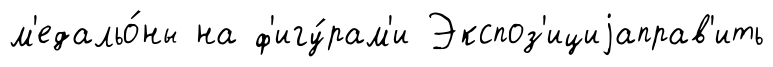
м'едальо́ны на ф'игу́рам'и Экспоз'ициjаправ'ить